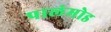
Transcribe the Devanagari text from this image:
पालंमोड